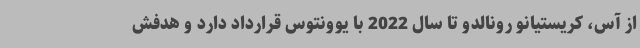
از آس، کریستیانو رونالدو تا سال 2022 با یوونتوس قرارداد دارد و هدفش